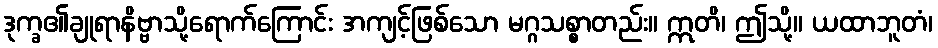
ဒုက္ခ၏ချုရာနိဗ္ဗာသို့ရောက်ကြောင်း အကျင့်ဖြစ်သော မဂ္ဂသစ္စာတည်း။ ဣတိ၊ ဤသို့။ ယထာဘူတံ၊